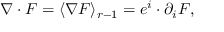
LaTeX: \nabla \cdot F = \langle \nabla F \rangle _ { r - 1 } = e ^ { i } \cdot \partial _ { i } F ,